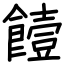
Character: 饐